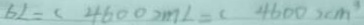
6 L = ( 4 6 0 0 ) m L = ( 4 6 0 0 ) c m ^ { 3 }